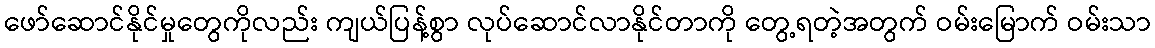
ဖော်ဆောင်နိုင်မှုတွေကိုလည်း ကျယ်ပြန့်စွာ လုပ်ဆောင်လာနိုင်တာကို တွေ့ရတဲ့အတွက် ဝမ်းမြောက် ဝမ်းသာ